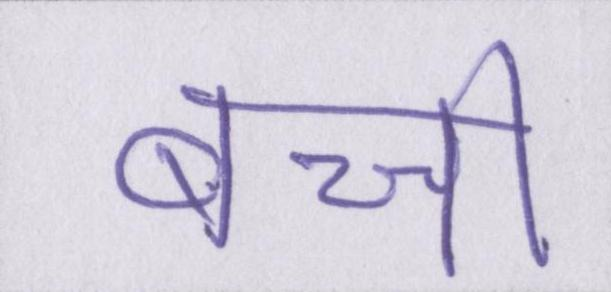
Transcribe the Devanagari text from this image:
बच्ची